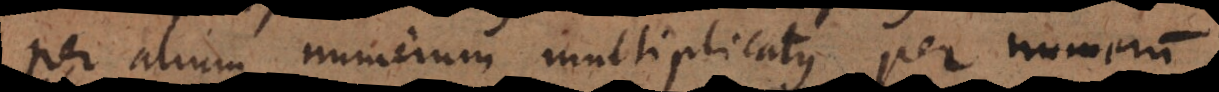
per alium numerum multiplicatus, per numerum